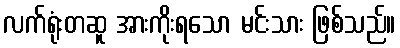
လက်ရုံးတဆူ အားကိုးရသော မင်းသား ဖြစ်သည်။